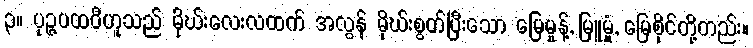
၃။ ပုဉ္ဇပထဝီဟူသည် မိုဃ်းလေးလထက် အလွန် မိုဃ်းစွတ်ပြီးသော မြေမှုန့်, မြူမှုံ, မြေစိုင်တို့တည်း။